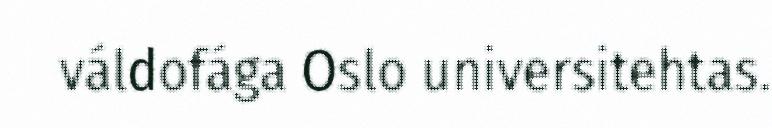
váldofága Oslo universitehtas.